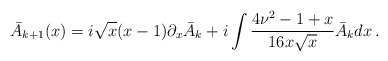
\begin{align*}\bar{A}_{k+1}(x) = i\sqrt{x}(x-1)\partial_x \bar{A}_k + i\int \frac{4\nu^2 - 1 + x}{16x\sqrt{x}} \bar{A}_k dx\,.\end{align*}